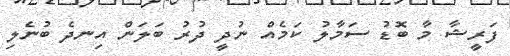
ފަރީޝާ މާ ބޮޑު ސަމާލު ކަމެއް ނުދީ ދުރު ބަލަން އިނދެ ބުނެލި